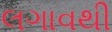
લગાવથી